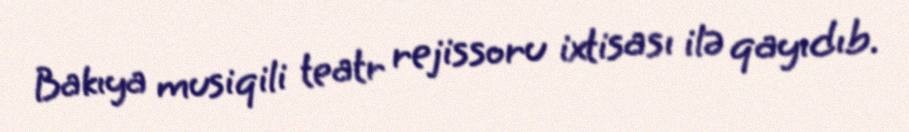
Bakıya musiqili teatr rejissoru ixtisası ilə qayıdıb.